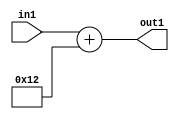
`timescale 1ps / 1ps
/*****************************************************************************
    Verilog RTL Description
    
    
    Created by: Stratus DpOpt 21.05.01 
*******************************************************************************/

module SobelFilter_Add2i18u4_1 (
	in1,
	out1
	); /* architecture "behavioural" */ 
input [3:0] in1;
output [4:0] out1;
wire [4:0] asc001;

assign asc001 = 
	+(in1)
	+(5'B10010);

assign out1 = asc001;
endmodule

/* CADENCE  urn1Sgk= : u9/ySxbfrwZIxEzHVQQV8Q== ** DO NOT EDIT THIS LINE ******/